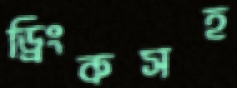
ড্রিংকসহ